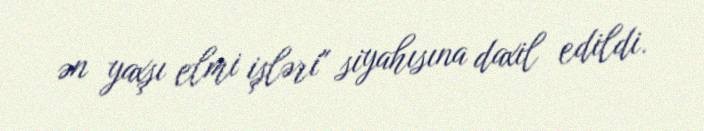
ən yaxşı elmi işləri" siyahısına daxil edildi.